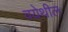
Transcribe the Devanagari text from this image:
वयेथील